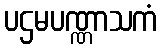
ပဌမပဏ္ဏာသကံ